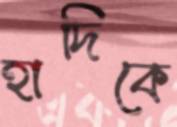
হাদিকে